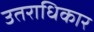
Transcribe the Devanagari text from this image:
उतराधिकार